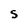
Character: s